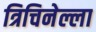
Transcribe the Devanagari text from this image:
त्रिचिनेल्ला